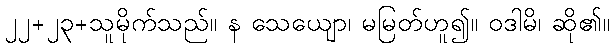
၂၂+၂၃+သူမိုက်သည်။ န သေယျော၊ မမြတ်ဟူ၍။ ဝဒါမိ၊ ဆို၏။